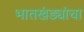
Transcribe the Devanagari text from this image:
भातखंड्यांचा